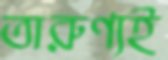
তারুণ্যই